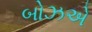
બોઝએ